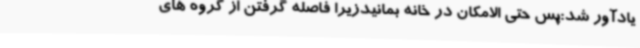
یادآور شد:پس حتی الامکان در خانه بمانیدزیرا فاصله گرفتن از گروه های